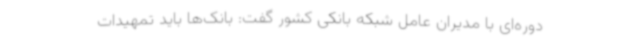
‌دوره‌ای با مدیران عامل شبکه بانکی کشور گفت: بانک‌ها باید تمهیدات